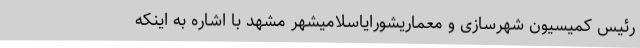
رئیس کمیسیون شهرسازی و معماریشورایاسلامیشهر مشهد با اشاره به اینکه